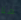
هنا